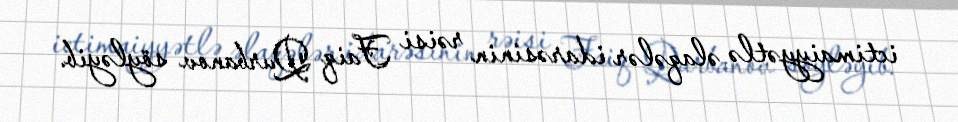
ictimaiyyətlə əlaqələr idarəsinin rəisi Faiq Qurbanov söyləyib.